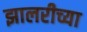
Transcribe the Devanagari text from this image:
झालरीच्या